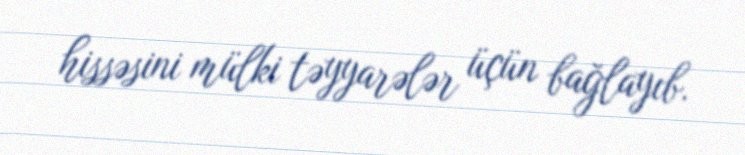
hissəsini mülki təyyarələr üçün bağlayıb.